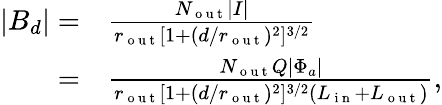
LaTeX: \begin{array}{rl}{|B_{d}|=}&{{}\frac{N_{\mathrm{~o~u~t~}}|I|}{r_{\mathrm{~o~u~t~}}[1+(d/r_{\mathrm{~o~u~t~}})^{2}]^{3/2}}}\\ {=}&{{}\frac{N_{\mathrm{~o~u~t~}}Q|\Phi_{a}|}{r_{\mathrm{~o~u~t~}}[1+(d/r_{\mathrm{~o~u~t~}})^{2}]^{3/2}(L_{\mathrm{~i~n~}}+L_{\mathrm{~o~u~t~}})},}\end{array}